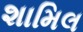
શામિલ